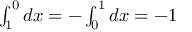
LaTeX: \textstyle { \int _ { 1 } ^ { 0 } d x = - \int _ { 0 } ^ { 1 } d x = - 1 }